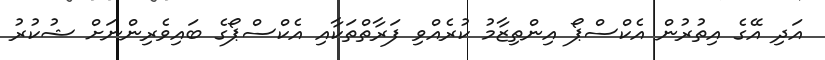
އަދި އޭގެ އިތުރުން އެކްސްޕޯ އިންތިޒާމު ކުރެއްވި ފަރާތްތަކާއި އެކްސްޕޯގެ ބައިވެރިންނަށް ޝުކުރު